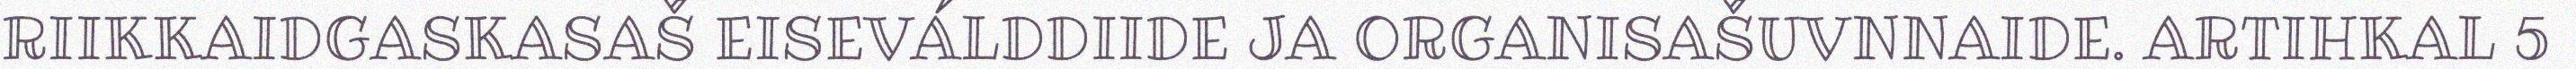
RIIKKAIDGASKASAŠ EISEVÁLDDIIDE JA ORGANISAŠUVNNAIDE. ARTIHKAL 5